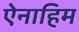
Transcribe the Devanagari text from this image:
ऐनाहिम